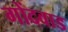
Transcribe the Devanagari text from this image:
गोंदवाड